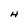
Character: H